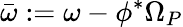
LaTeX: \bar{\omega}:=\omega-\phi^{*}\Omega_{P}